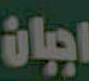
اجبان